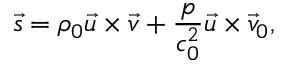
\vec { s } = \rho _ { 0 } \vec { u } \times \vec { v } + \frac { p } { c _ { 0 } ^ { 2 } } \vec { u } \times \vec { v } _ { 0 } ,